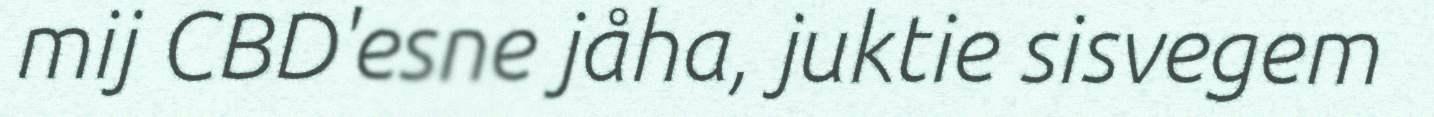
mij CBD'esne jåha, juktie sisvegem